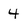
Character: 4